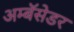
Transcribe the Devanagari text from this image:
अम्बॅसेडर